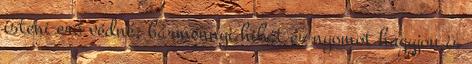
isteni erő védné, bármennyi hibát és nyomot hagyjon is